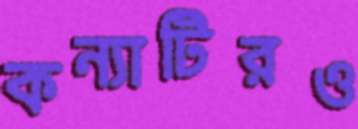
কন্যাটিরও